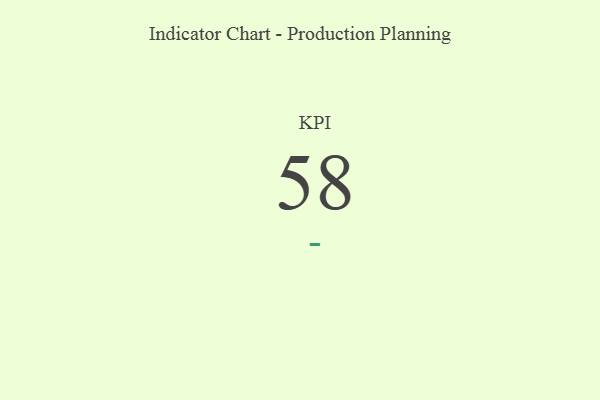
{"axis": {"x": "KPI", "y": "Value"}, "legend": [""], "data": [{"x": "KPI", "y": 58, "type": ""}]}